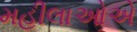
મહીલાઓએ